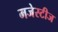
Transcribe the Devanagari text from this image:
मजेस्टीज